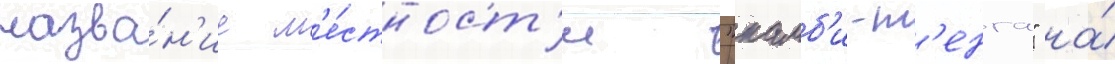
назва́н'ие м'е́стност'и "камб'и-т'енга" на́